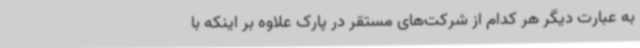
به عبارت دیگر هر کدام از شرکت‌های مستقر در پارک علاوه بر اینکه با